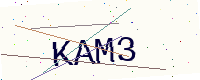
Text: KAM3